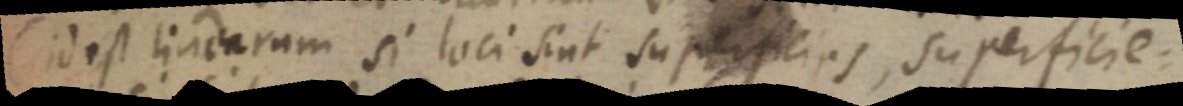
(id est linearum si loci sint superficias, superficie: